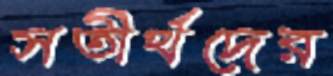
সতীর্থদের